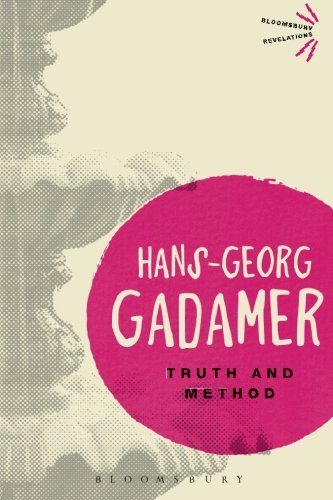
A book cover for Truth and Method (Bloomsbury Revelations); Hans-Georg Gadamer; Politics & Social Sciences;